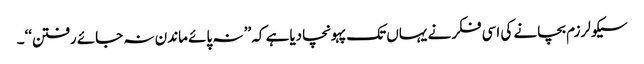
سیکولرزم بچانے کی اسی فکرنے یہاں تک پہونچادیاہے کہ ’’ نہ پائے ماندن نہ جائے رفتن‘‘۔